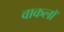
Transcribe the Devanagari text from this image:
वाकलॉ